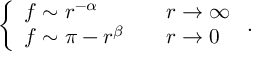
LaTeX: \left\{ \begin{array} { l c l } { { f \sim r ^ { - \alpha } } } & { { } } & { { r \rightarrow \infty } } \\ { { f \sim \pi - r ^ { \beta } } } & { { } } & { { r \rightarrow 0 } } \end{array} \right. .